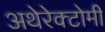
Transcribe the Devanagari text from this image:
अथेरेक्टोमी